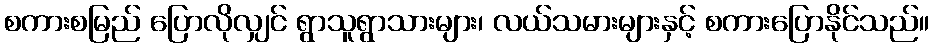
စကားစမြည် ပြောလိုလျှင် ရွာသူရွာသားများ၊ လယ်သမားများနှင့် စကားပြောနိုင်သည်။